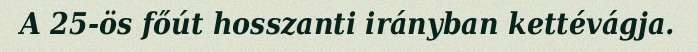
A 25-ös főút hosszanti irányban kettévágja.